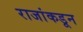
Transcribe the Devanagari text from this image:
राजांकडून